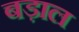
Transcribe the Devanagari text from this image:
बड़ाल